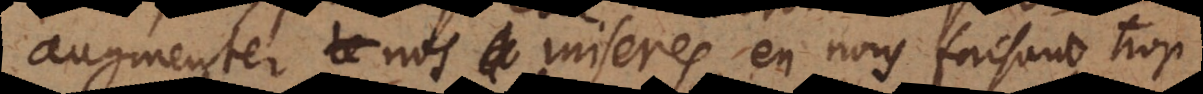
augmenter nos miseres, en nous faisant trop